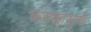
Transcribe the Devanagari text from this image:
करणहसुगे